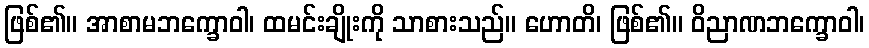
ဖြစ်၏။ အာစာမဘက္ခောဝါ၊ ထမင်းချိုးကို သာစားသည်။ ဟောတိ၊ ဖြစ်၏။ ဝိညာဏဘက္ခောဝါ၊